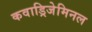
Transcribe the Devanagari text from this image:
कवाड्रिजेमिनल